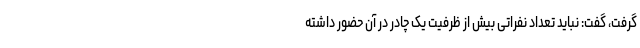
گرفت، گفت: نباید تعداد نفراتی بیش از ظرفیت یک چادر در آن حضور داشته